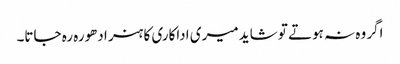
اگر وہ نہ ہوتے تو شاید میری اداکاری کا ہنر ادھورہ رہ جاتا۔